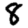
Digit: 8